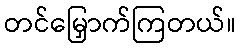
တင်မြှောက်ကြတယ်။